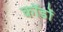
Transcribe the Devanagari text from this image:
कॉर्डों